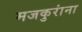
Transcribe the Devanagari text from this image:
मजकुरांना